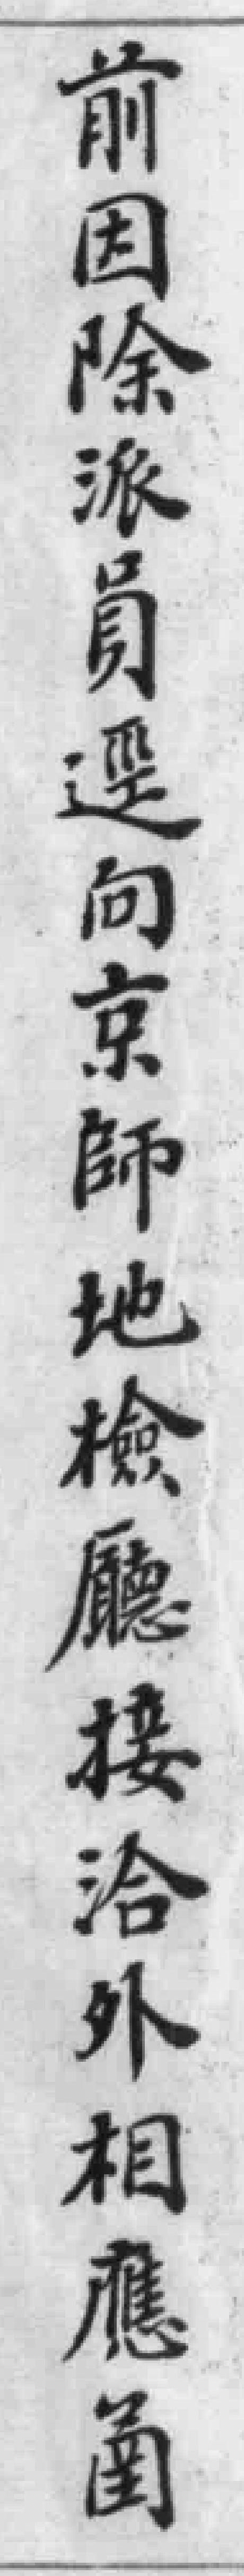
前因除派員逕向京師地檢廳接洽外相應圅